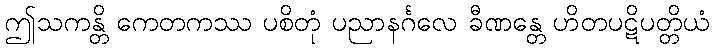
ဤသကန္တိ ကေတကဿ ပစိတုံ ပညာနင်္ဂလေ ခီဏန္တေ ဟိတပဋိပတ္တိယံ